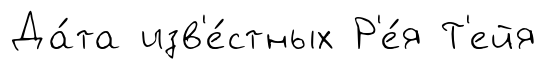
Да́та изв'е́стных Р'е́я Т'ейя